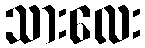
သားလေး